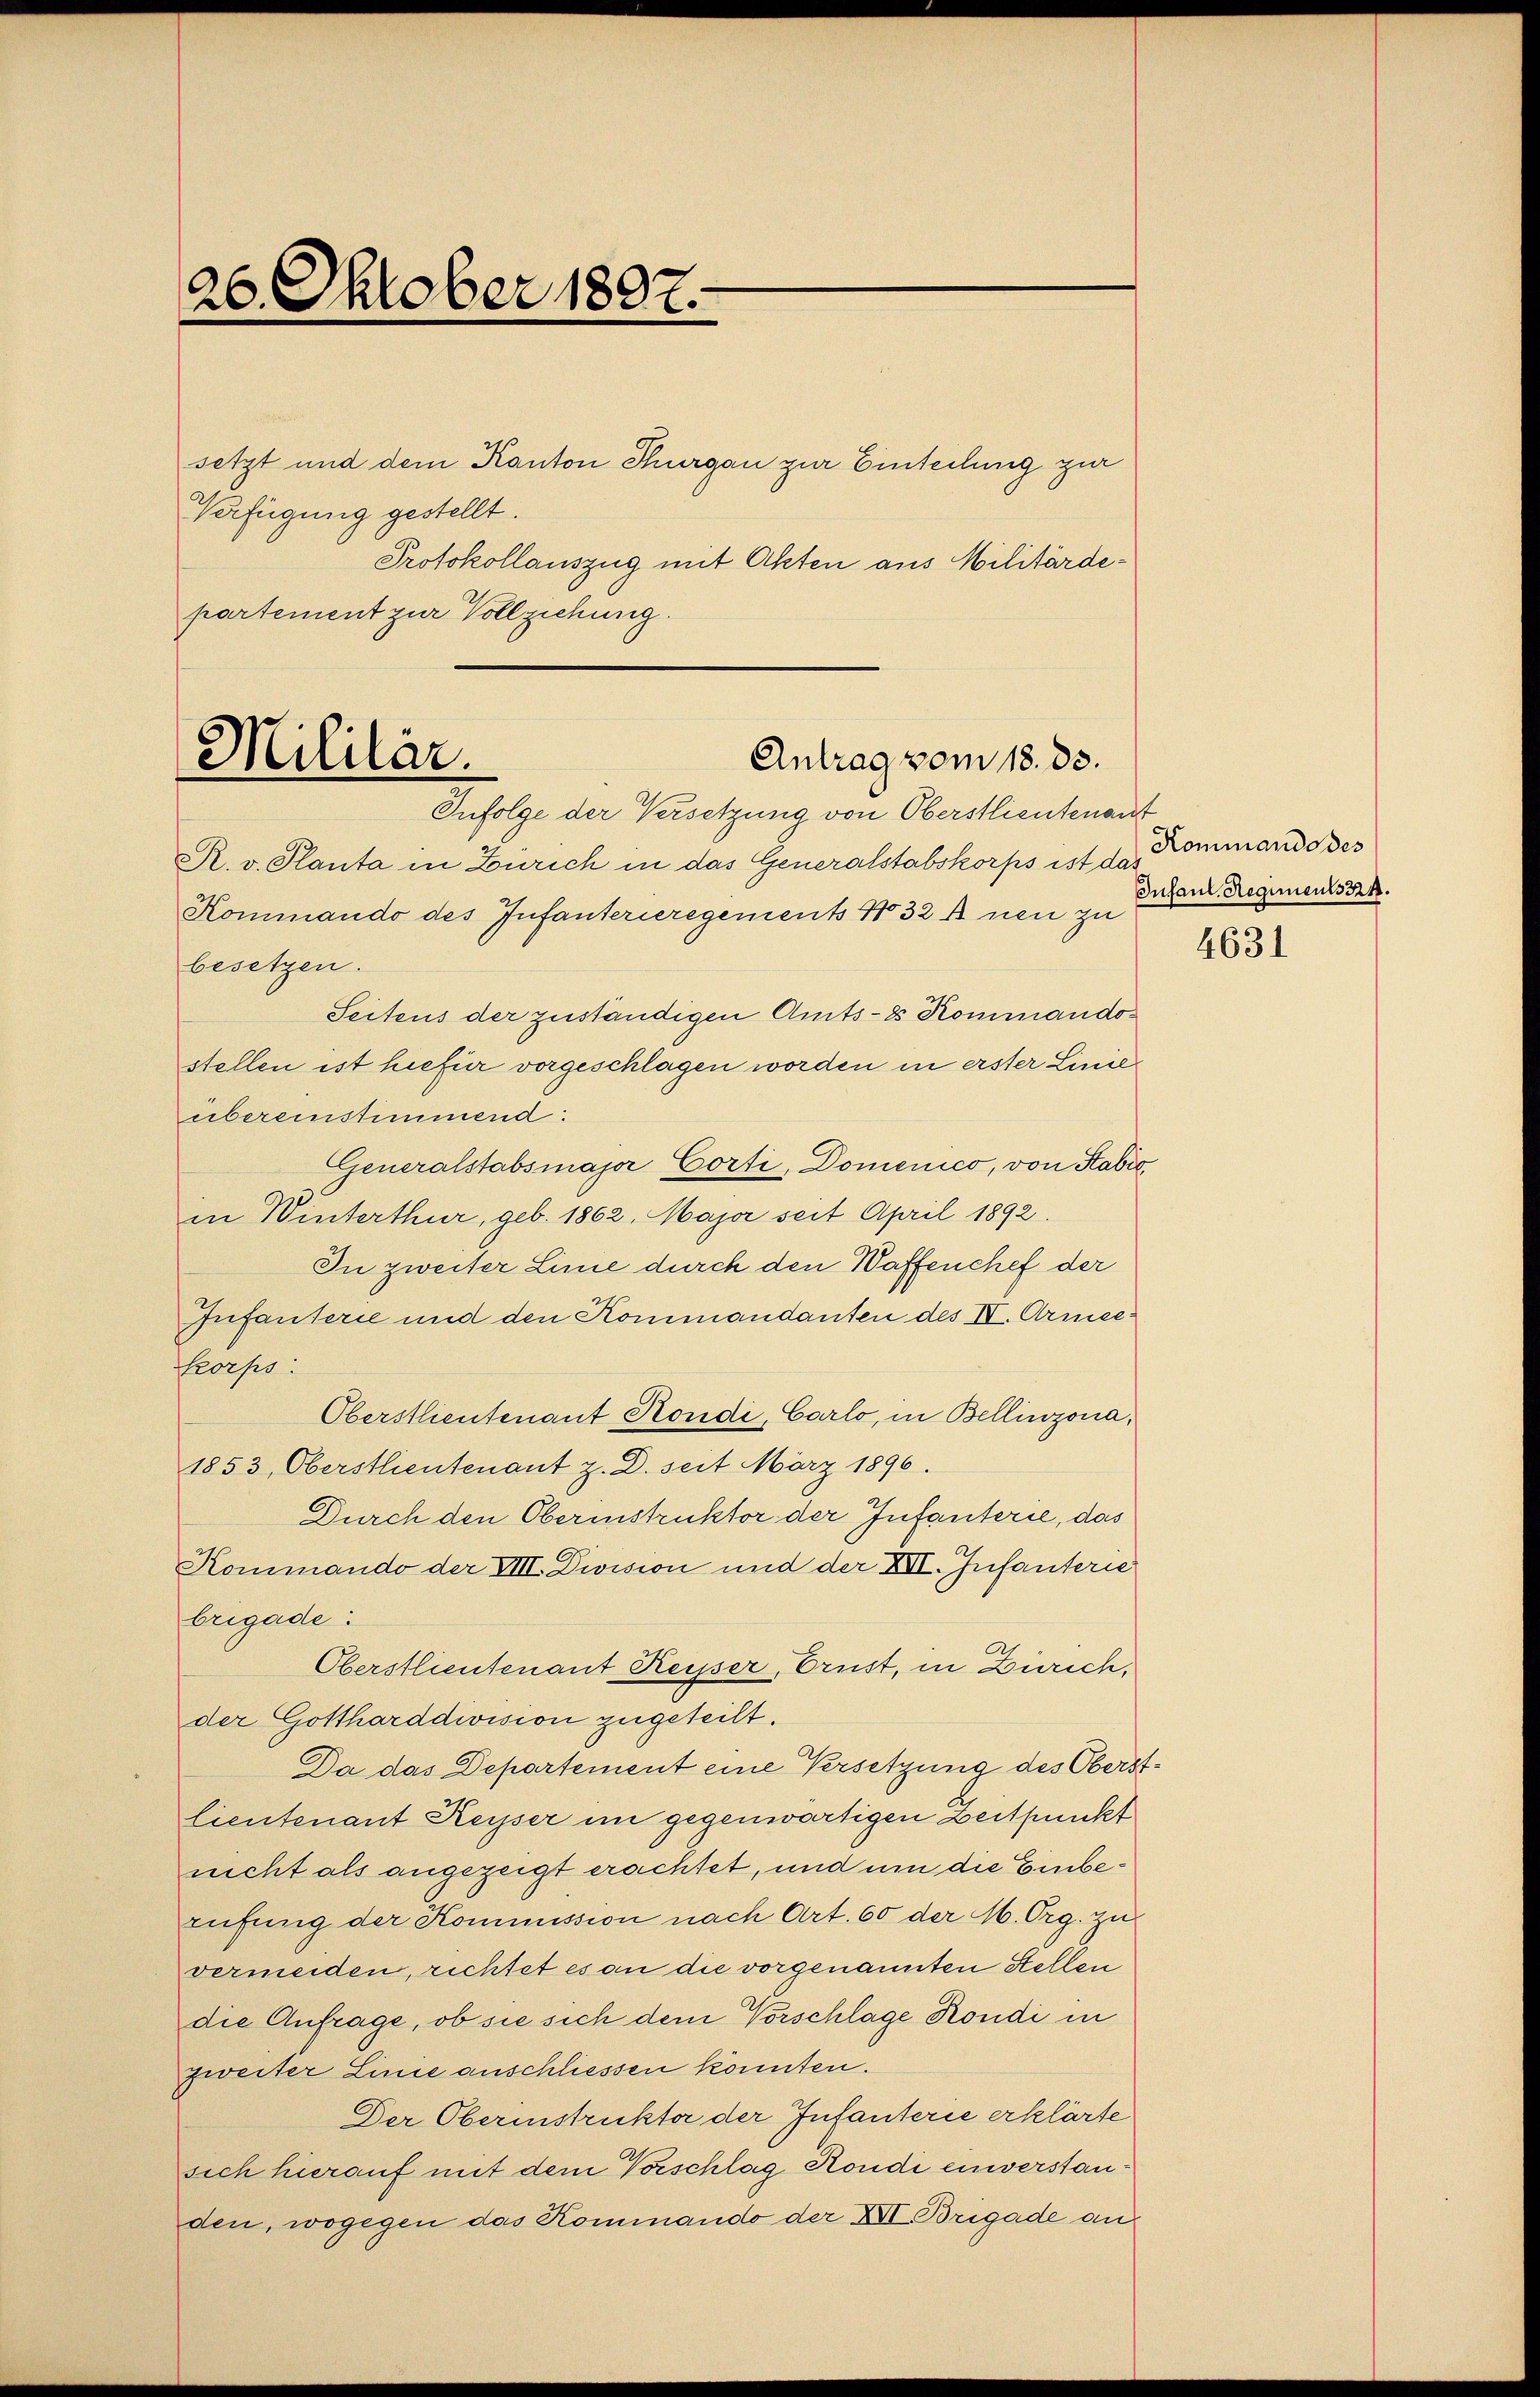
26. Oktober 1892.

setzt und dem Kanton Thurgau zur Einteilung zur
Verfügung gestellt
Protokollauszug mit Akten aus Militärdepartement zur Vollziehung.

Antrag vom 18. ds.
Mililar.
Infolge der Versetzung von Oberstlieutenant

R. v. Planta in Zürich in das Generalstabskorps ist da¬
Kommando des Infanterieregements No 32 s neu zu
besetzen.
Seitens der zuständigen Amts-8 Kommando-
stellen ist hiefür vorgeschlagen worden in erster Linie
übereinstimmend:
Generalstabsmajor Corti, Domenico, von Kabić
in Winterthur, geb. 1862. Maja seit April 1892.
In zweiter Linie durch den Waffenchef der
Infanterie und den Kommandanten des IV. Armee:
korps:
Oberstlieutenant Kondi, Carlo, in Bellinzona,
1853, Oberstlieutenant z. D. seit März 1896.
Durch den Oberinstruktor der Infanterie, das
Kommando der VIII. Division und der XVI. Infanterie
brigade
Oberstlieutenant Keiser, Ernst, in Zürich,
der Gottharddivision zugeteilt.
Da das Departement eine Versetzung des Oberstlieutenant Keyser im gegenwärtigen Zeitpunkt
nicht als angezeigt erachtet, und um die Einberufung der Kommission nach Art. 60 der M. Org. zu
vermeiden, richtet es an die vorgenannten Stellen
die Anfrage, ob sie sich dem Vorschlage Kondi in
zweiter Linie anschliessen könnten.
Der Oberinstrukter der Infanterie erklärte
sich hierauf mit dem Vorschlag Kondi einverstanden, wogegen das Kommando der XVI. Brigade an

Kommando des
Infaul. Regiments 324.

4631